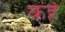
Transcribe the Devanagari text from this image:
कर्हे